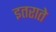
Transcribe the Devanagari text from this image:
इतराते